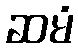
ဆမံ